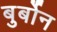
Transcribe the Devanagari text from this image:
बुर्बोन